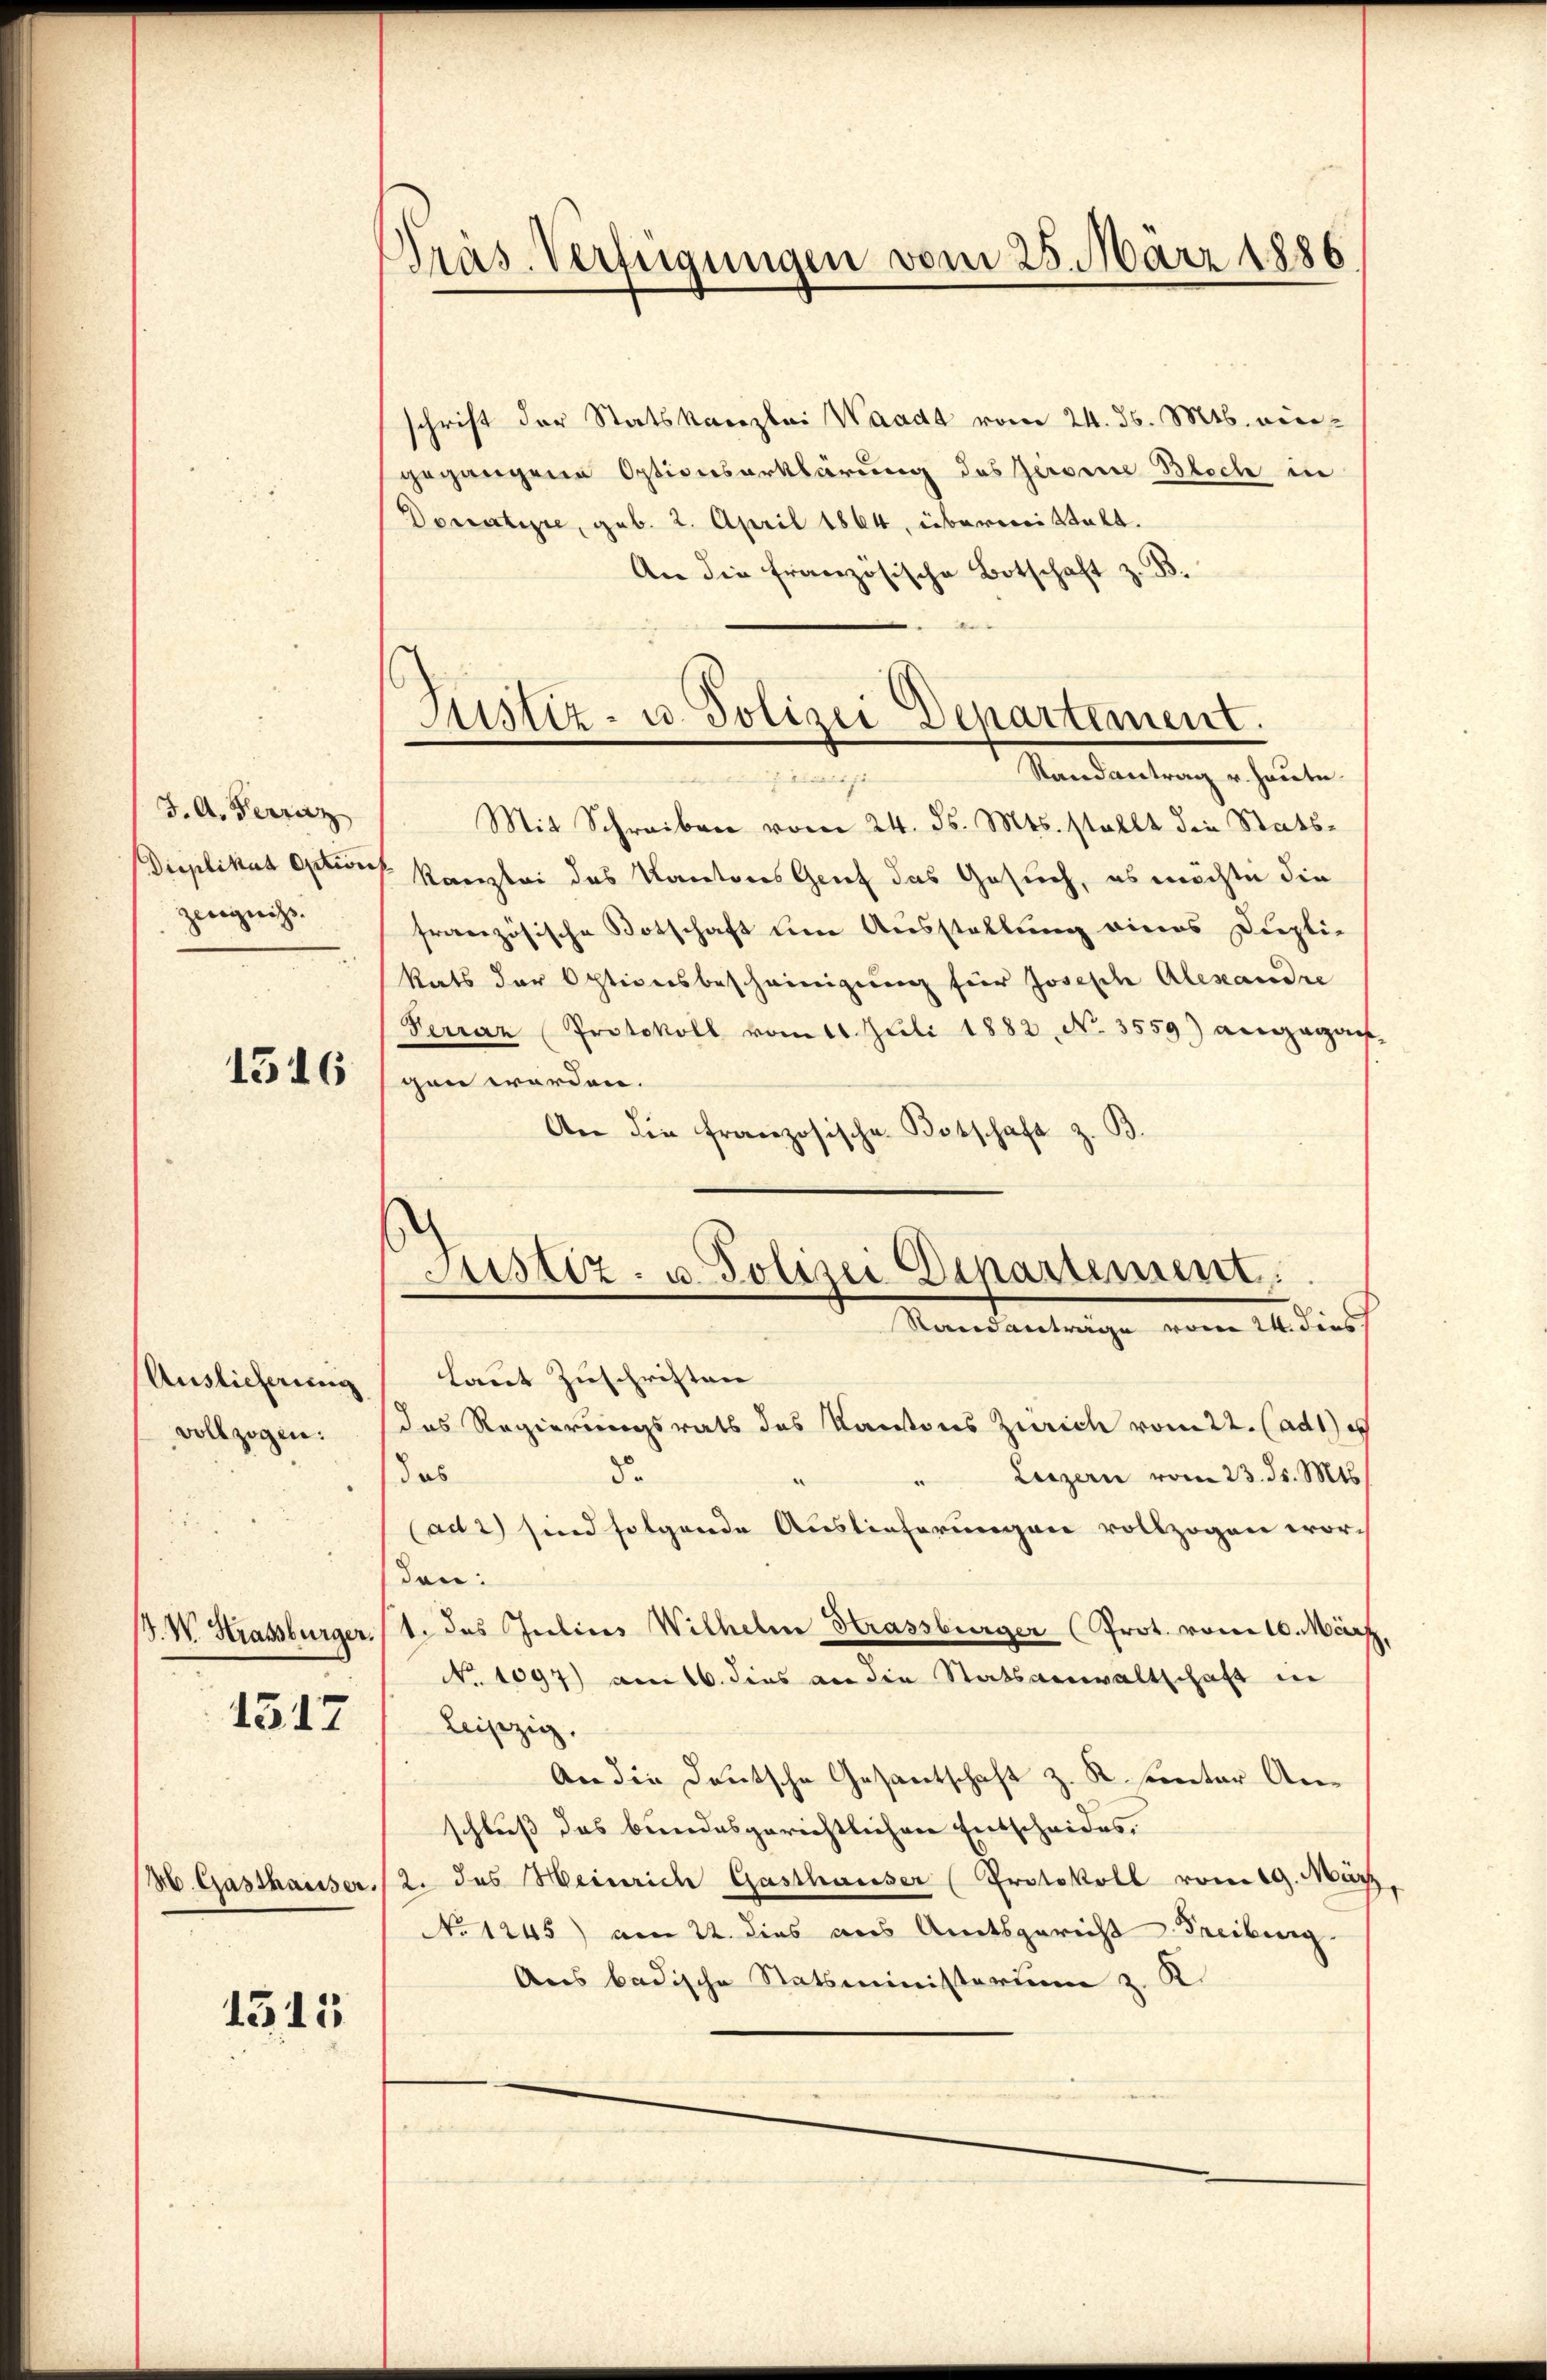
J. A. Ferraz
Duplikat action
Zeugniss.

1516

Auslieferung
vollzogen:

1317

H. Gasthausser.

1511

Präs. Verfügungen vom 25. März 1886

Justiz- u. Polizei Departement
Mandantung ertheilten.

schrift der Statskanzlei Waadt vom 24. ds. Mts. eingegangene Optionserklärung des Geroine Bloch in
Donatire, geb. 2. April 1864, übermittelt.
An die französische Botschaft z. B.
d
Mit Schreiben vom 24. ds. Mts. stellt die Stats¬
Kanzlei das Kantons Grief das Gesuch, es möchte die
französische Botschaft eine Ausstellung eines Dieplie
kats der Optionsbescheinigung für Joseph Alexandre
Ferraz (Protokoll vom 11. Juli 1882 No 3559) angegan-
gen werden.
An die französische Botschaft z. B.
Justiz- u. Polizei Departement.
Standanträge von 24. dies
Laut Zuschriften
das Regierungsrats des Kantons Zürich vom 22. (ad1) e
8.
das
Luzern vom 23. ds. Mts.
(ad 2) sind folgende Auslieferungen vollzogen wor
den:
/. W. Strassburger (1. das Julius Wilhelm Strassburger Prot. vom 10. März,
No 1097) am 16. dies an die Statsanwaltschaft in
Leipzig.
An die Deutsche Gesantschaft z. R. sentar Anschluß das bundesgerichtlichen Entscheides,
2. des Heinrich Gasthauser (Protokoll vom 19. März,
No 1245) am 22. dies aus Amtsgericht Freiburg.
Aus badische Statsministerium z. R.